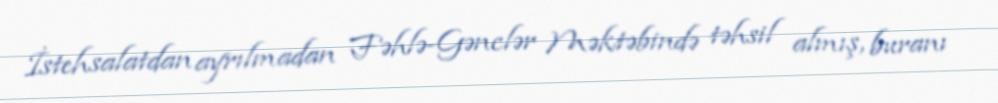
İstehsalatdan ayrılmadan Fəhlə-Gənclər Məktəbində təhsil almış, buranı